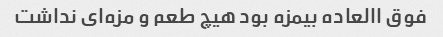
فوق االعاده بیمزه بود هیچ طعم و مزه‌ای نداشت